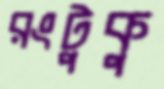
রংটুকু